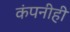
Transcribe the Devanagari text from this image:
कंपनीही